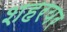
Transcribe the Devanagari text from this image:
शहरयर